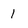
Character: 1